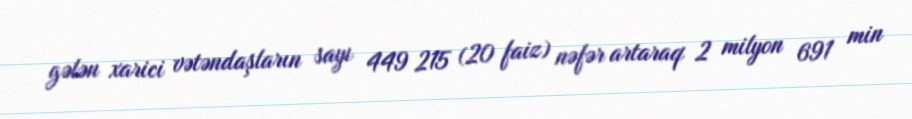
gələn xarici vətəndaşların sayı 449 215 (20 faiz) nəfər artaraq 2 milyon 691 min